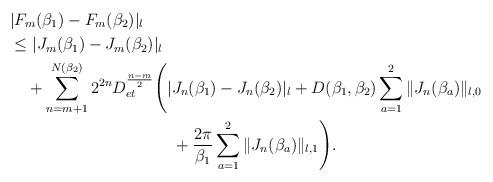
LaTeX: \begin{align*}&|F_m(\beta_1)-F_m(\beta_2)|_l\\&\le |J_m(\beta_1)-J_m(\beta_2)|_l\\&\quad+\sum_{n=m+1}^{N(\beta_2)}2^{2n}D_{et}^{\frac{n-m}{2}}\Bigg(|J_n(\beta_1)-J_n(\beta_2)|_l+D(\beta_1,\beta_2)\sum_{a=1}^2\|J_n(\beta_a)\|_{l,0}\\&\qquad\qquad\qquad\qquad\qquad+\frac{2\pi}{\beta_1}\sum_{a=1}^2\|J_n(\beta_a)\|_{l,1}\Bigg).\end{align*}